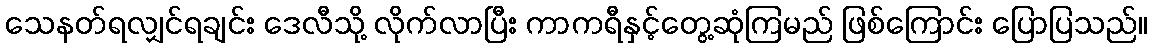
သေနတ်ရလျှင်ရချင်း ဒေလီသို့ လိုက်လာပြီး ကာကရီနှင့်တွေ့ဆုံကြမည် ဖြစ်ကြောင်း ပြောပြသည်။